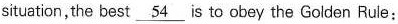
situaticn,tha best\underline{54} is to obey the Goiden Rule: